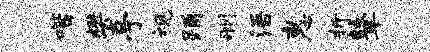
喈樊亭视踊删浯惠折鼙